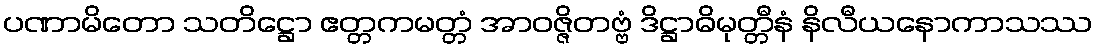
ပဏာမိတော သတိဋ္ဌော ဧတ္တကမတ္တံ အာဝဇ္ဇိတဗ္ဗံ ဒိဋ္ဌာဓိမုတ္တီနံ နိလီယနောကာသဿ